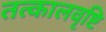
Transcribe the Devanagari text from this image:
तत्कालवृष्टि